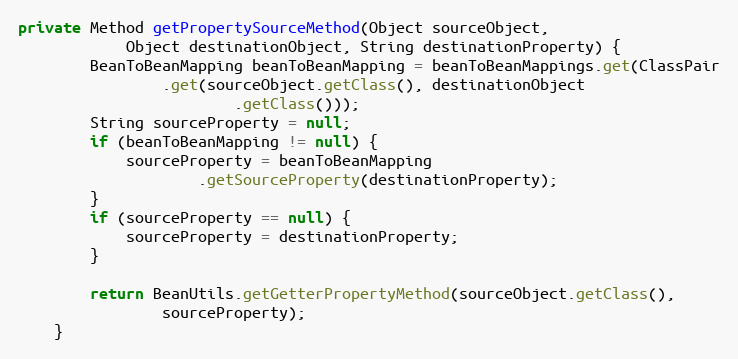
Language: Java
private Method getPropertySourceMethod(Object sourceObject,
			Object destinationObject, String destinationProperty) {
		BeanToBeanMapping beanToBeanMapping = beanToBeanMappings.get(ClassPair
				.get(sourceObject.getClass(), destinationObject
						.getClass()));
		String sourceProperty = null;
		if (beanToBeanMapping != null) {
			sourceProperty = beanToBeanMapping
					.getSourceProperty(destinationProperty);
		}
		if (sourceProperty == null) {
			sourceProperty = destinationProperty;
		}

		return BeanUtils.getGetterPropertyMethod(sourceObject.getClass(),
				sourceProperty);
	}